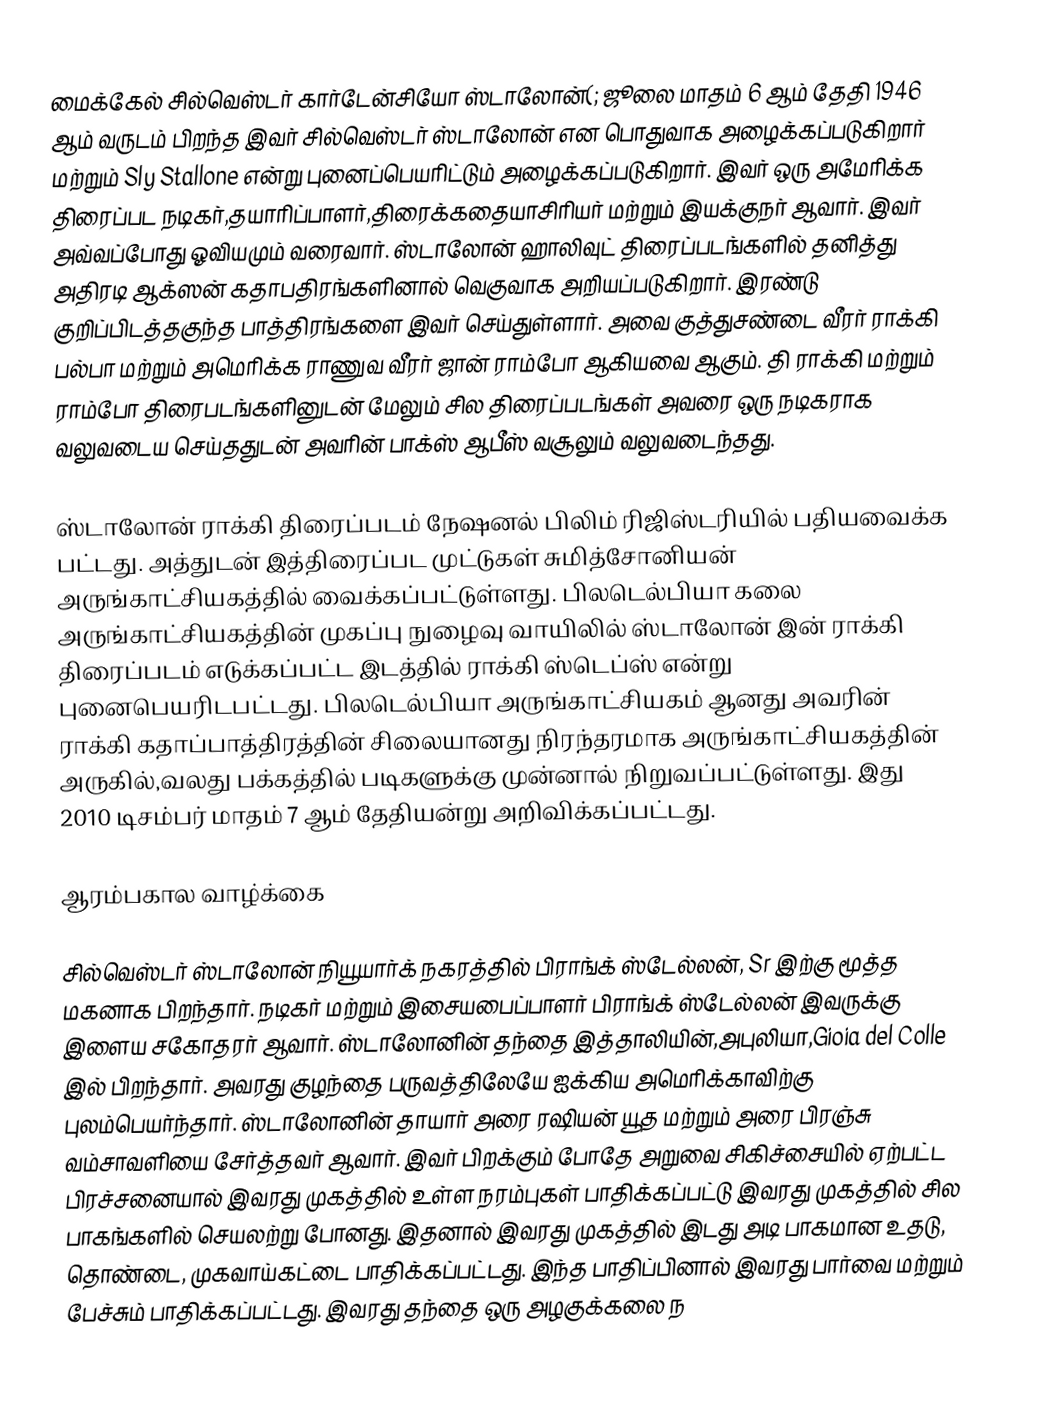
மைக்கேல் சில்வெஸ்டர் கார்டேன்சியோ ஸ்டாலோன்(; ஜூலை மாதம் 6 ஆம் தேதி 1946 ஆம் வருடம் பிறந்த இவர் சில்வெஸ்டர் ஸ்டாலோன் என பொதுவாக அழைக்கப்படுகிறார் மற்றும் Sly Stallone என்று புனைப்பெயரிட்டும் அழைக்கப்படுகிறார். இவர் ஒரு அமேரிக்க திரைப்பட நடிகர்,தயாரிப்பாளர்,திரைக்கதையாசிரியர் மற்றும் இயக்குநர் ஆவார். இவர் அவ்வப்போது ஓவியமும் வரைவார். ஸ்டாலோன் ஹாலிவுட் திரைப்படங்களில் தனித்து அதிரடி ஆக்ஸன் கதாபதிரங்களினால் வெகுவாக அறியப்படுகிறார். இரண்டு குறிப்பிடத்தகுந்த பாத்திரங்களை இவர் செய்துள்ளார். அவை குத்துசண்டை வீரர் ராக்கி பல்பா மற்றும் அமெரிக்க ராணுவ வீரர் ஜான் ராம்போ ஆகியவை ஆகும். தி ராக்கி மற்றும் ராம்போ திரைபடங்களினுடன் மேலும் சில திரைப்படங்கள் அவரை ஒரு நடிகராக வலுவடைய செய்ததுடன் அவரின் பாக்ஸ் ஆபீஸ் வசூலும் வலுவடைந்தது.

ஸ்டாலோன் ராக்கி திரைப்படம் நேஷனல் பிலிம் ரிஜிஸ்டரியில் பதியவைக்க பட்டது. அத்துடன் இத்திரைப்பட முட்டுகள் சுமித்சோனியன் அருங்காட்சியகத்தில் வைக்கப்பட்டுள்ளது. பிலடெல்பியா கலை அருங்காட்சியகத்தின் முகப்பு நுழைவு வாயிலில் ஸ்டாலோன் இன் ராக்கி திரைப்படம் எடுக்கப்பட்ட இடத்தில் ராக்கி ஸ்டெப்ஸ் என்று புனைபெயரிடபட்டது. பிலடெல்பியா அருங்காட்சியகம் ஆனது அவரின் ராக்கி கதாப்பாத்திரத்தின் சிலையானது நிரந்தரமாக அருங்காட்சியகத்தின் அருகில்,வலது பக்கத்தில் படிகளுக்கு முன்னால் நிறுவப்பட்டுள்ளது. இது 2010 டிசம்பர் மாதம் 7 ஆம் தேதியன்று அறிவிக்கப்பட்டது.

ஆரம்பகால வாழ்க்கை

சில்வெஸ்டர் ஸ்டாலோன் நியூயார்க் நகரத்தில் பிராங்க் ஸ்டேல்லன், Sr இற்கு மூத்த மகனாக பிறந்தார். நடிகர் மற்றும் இசையபைப்பாளர் பிராங்க் ஸ்டேல்லன் இவருக்கு இளைய சகோதரர் ஆவார். ஸ்டாலோனின் தந்தை இத்தாலியின்,அபுலியா,Gioia del Colle இல் பிறந்தார். அவரது குழந்தை பருவத்திலேயே ஐக்கிய அமெரிக்காவிற்கு புலம்பெயர்ந்தார். ஸ்டாலோனின் தாயார் அரை ரஷியன் யூத மற்றும் அரை பிரஞ்சு வம்சாவளியை சேர்த்தவர் ஆவார். இவர் பிறக்கும் போதே அறுவை சிகிச்சையில் ஏற்பட்ட பிரச்சனையால் இவரது முகத்தில் உள்ள நரம்புகள் பாதிக்கப்பட்டு இவரது முகத்தில் சில பாகங்களில் செயலற்று போனது. இதனால் இவரது முகத்தில் இடது அடி பாகமான உதடு, தொண்டை, முகவாய்கட்டை பாதிக்கப்பட்டது. இந்த பாதிப்பினால் இவரது பார்வை மற்றும் பேச்சும் பாதிக்கப்பட்டது. இவரது தந்தை ஒரு அழகுக்கலை ந